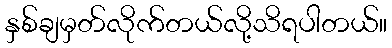
နှစ်ချမှတ်လိုက်တယ်လို့သိရပါတယ်။